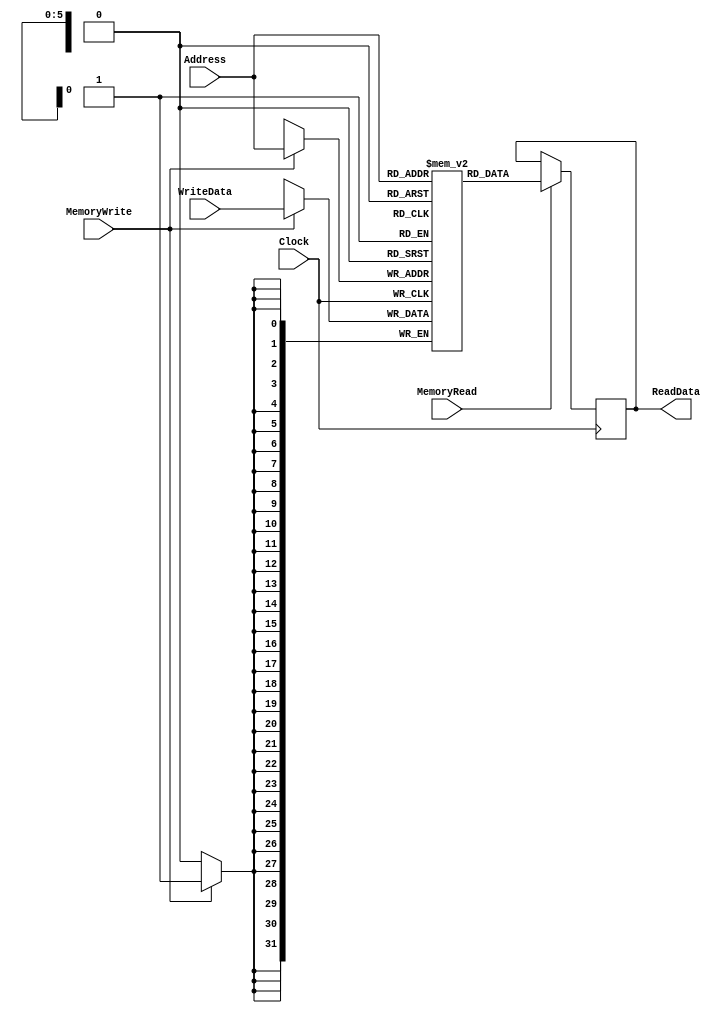
module DataMemory(ReadData,Address,WriteData,MemoryRead,MemoryWrite,Clock);
parameter MEMSIZE=64;
parameter MEMWIDTH=32;
parameter ADDSIZE=6;
input [ADDSIZE-1:0] Address;
input [MEMWIDTH-1:0] WriteData;
input MemoryRead,MemoryWrite,Clock;
output reg [MEMWIDTH-1:0] ReadData;
reg[MEMWIDTH-1:0] datamem[MEMSIZE-1:0];
integer k=0;

initial
begin
for(k=0;k<MEMSIZE;k=k+1)
begin
datamem[k]=32'h0;
end
end

always @(posedge Clock)
begin
if(MemoryRead)
begin
ReadData<=datamem[Address];
end
end

always @(negedge Clock)
begin
if(MemoryWrite)
begin
datamem[Address]<=WriteData;
end
end

endmodule